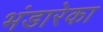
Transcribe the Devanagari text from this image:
भंडारेका